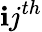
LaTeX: \mathbf{i}j^{th}